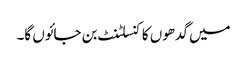
میں گدھوں کا کنسلٹنٹ بن جائوں گا۔